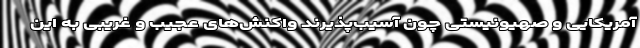
آمریکایی و صهیونیستی چون آسیب‌پذیرند واکنش‌های عجیب و غریبی به این